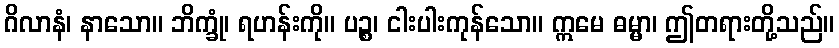
ဂိလာနံ၊ နာသော။ ဘိက္ခုံ၊ ရဟန်းကို။ ပဉ္စ၊ ငါးပါးကုန်သော။ ဣမေ ဓမ္မာ၊ ဤတရားတို့သည်။